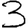
Digit: 3